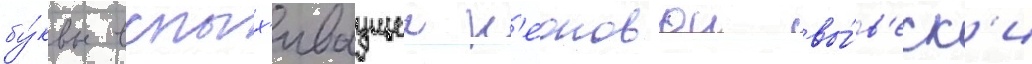
бу́квы вспых'иваущеи н'еоновои вы́в'еск'и